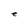
Character: e